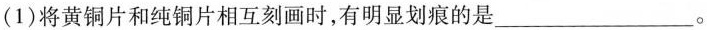
(1)将黄铜片和纯铜片相互刻画时，有明显划痕的是___。